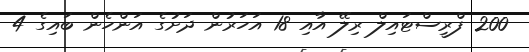
200 ފްރީސްޓައިލް ރިލޭ އާއި 18 އަހަރުން ދަށުގެ އަންހެން ބައިގެ 4